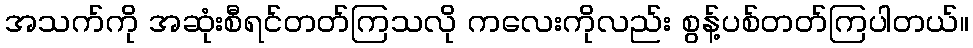
အသက်ကို အဆုံးစီရင်တတ်ကြသလို ကလေးကိုလည်း စွန့်ပစ်တတ်ကြပါတယ်။